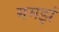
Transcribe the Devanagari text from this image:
ममझं